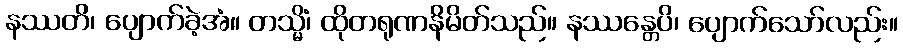
နဿတိ၊ ပျောက်ခဲ့အံ။ တသ္မိံ၊ ထိုတရုဏနိမိတ်သည်။ နဿန္တေပိ၊ ပျောက်သော်လည်း။